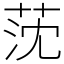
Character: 莐